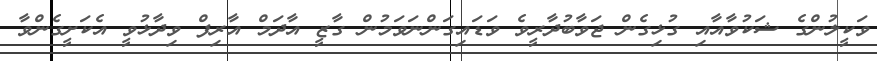
ވަކީލުންގެ ޝަކުވާއާއި ގުޅިގެން ޖަވާބުދާރީވެ ވަޑައިގަންނަވަމުން ގާޒީ އާދަމް އާރިފް ވިދާޅުވީ އެކަށީގެންވާ